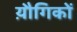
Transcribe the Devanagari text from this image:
य़ौगिकों